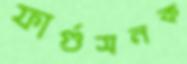
ফার্গুসনক